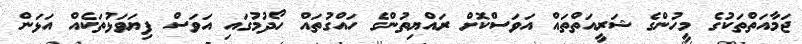
ޖަމާއަތްތަކުގެ މީހުންގެ ޝަރީއަތްްތައް އަވަސްކޮށް ރައްޔިތުންގެ ހައްގުތައް ހޯދުމުގައި އަވަސް ފިޔަވަޅުތަކެއް އަޅަން